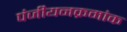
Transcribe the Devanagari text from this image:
पंजीयनक्रमांक